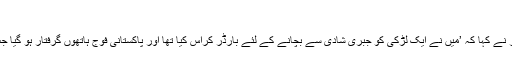
‘
2012 میں لاپتہ ہونے والے انجینئر نے کہا کہ ’میں نے ایک لڑکی کو جبری شادی سے بچانے کے لئے بارڈر کراس کیا تھا اور پاکستانی فوج ہاتھوں گرفتار ہو گیا جس کے بعد مجھے جیل بھیج دیا گیا۔